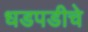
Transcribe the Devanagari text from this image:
धडपडीचे